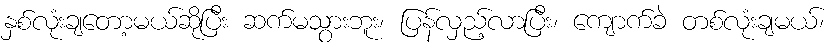
နှစ်လုံးချတော့မယ်ဆိုပြီး ဆက်မသွားဘူး၊ ပြန်လှည့်လာပြီး၊ ကျောက်ခဲ တစ်လုံးချမယ်၊